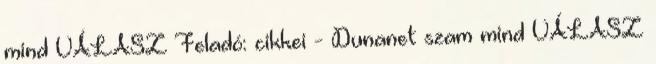
mind VÁLASZ Feladó: cikkei - Dunanet szam mind VÁLASZ